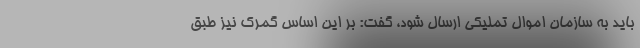
باید به سازمان اموال تملیکی ارسال شود، گفت: بر این اساس گمرک نیز طبق